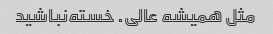
مثل همیشه عالی. خسته‌نباشید